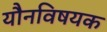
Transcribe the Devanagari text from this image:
यौनविषयक